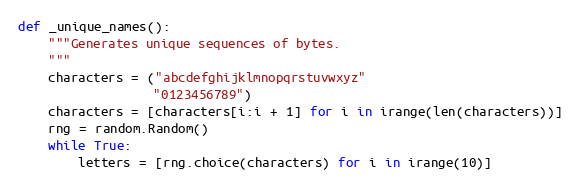
Language: Python
def _unique_names():
    """Generates unique sequences of bytes.
    """
    characters = ("abcdefghijklmnopqrstuvwxyz"
                  "0123456789")
    characters = [characters[i:i + 1] for i in irange(len(characters))]
    rng = random.Random()
    while True:
        letters = [rng.choice(characters) for i in irange(10)]